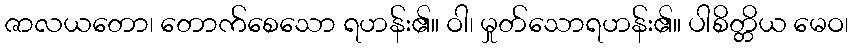
ဇာလယတော၊ တောက်စေသော ရဟန်း၏။ ဝါ၊ မှုတ်သောရဟန်း၏။ ပါစိတ္တိယ မေဝ၊